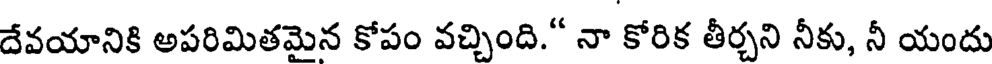
దేవయానికి అపరిమితమైన కోపం వచ్చింది." నా కోరిక తీర్చని నీకు, నీ యందు